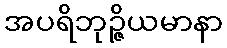
အပရိဘုဉ္ဇိယမာနာ